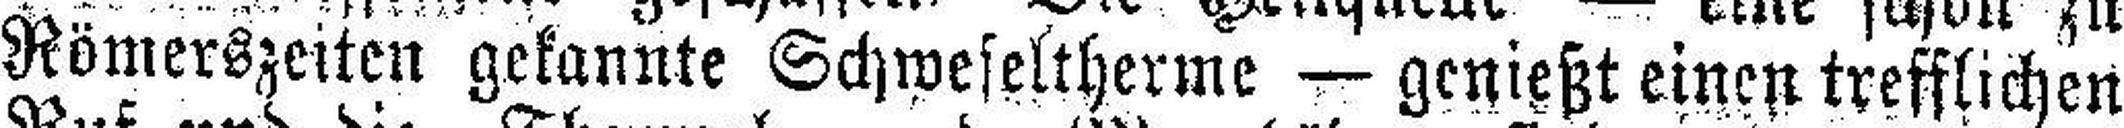
Römerszeiten gekannte Schwefeltherme — genießt einen trefflichen